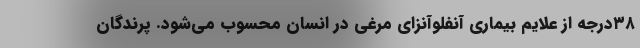
۳۸درجه از علایم بیماری آنفلوآنزای مرغی در انسان محسوب می‌شود. پرندگان